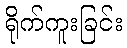
ရိုက်ကူးခြင်း